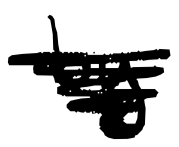
Text: by
Cross-out: scratch
Writing tool: digital_black